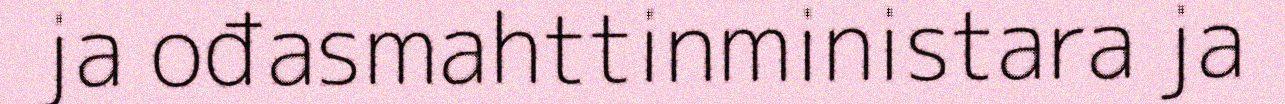
ja ođasmahttinministara ja